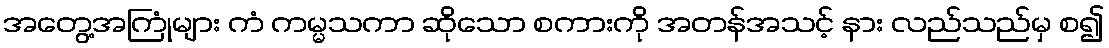
အတွေ့အကြုံများ ကံ ကမ္မသကာ ဆိုသော စကားကို အတန်အသင့် နား လည်သည်မှ စ၍